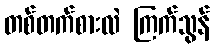
တစ်တက်စားလဲ ကြက်သွန်